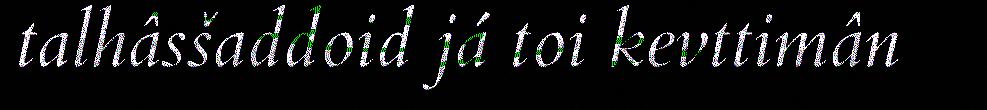
talhâsšaddoid já toi kevttimân